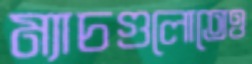
ম্যাচগুলোতেও